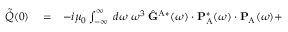
\begin{array} { r l r } { \tilde { \dot { Q } } ( 0 ) } & { { } = } & { - i \mu _ { 0 } \int _ { - \infty } ^ { \infty } \; d \omega \; \omega ^ { 3 } \; \hat { \mathbf { G } } ^ { \mathrm { A } * } ( \omega ) \cdot \mathbf { P } _ { \mathrm { A } } ^ { * } ( \omega ) \cdot \mathbf { P } _ { \mathrm { A } } ( \omega ) + } \end{array}